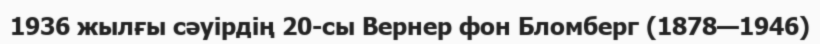
1936 жылғы сәуірдің 20-сы Вернер фон Бломберг (1878—1946)